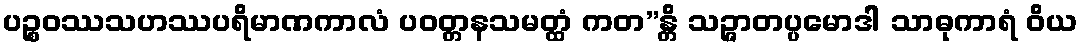
ပဉ္စဝဿသဟဿပရိမာဏကာလံ ပဝတ္တနသမတ္ထံ ကတ”န္တိ သဉ္ဇာတပ္ပမောဒါ သာဓုကာရံ ဝိယ